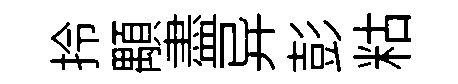
拎顒盡异彭䊀